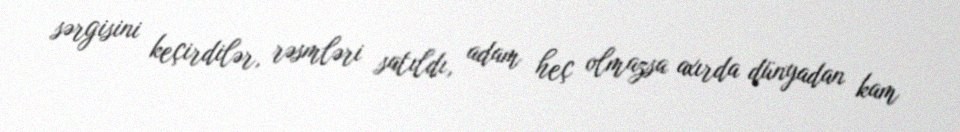
sərgisini keçirdilər, rəsmləri satıldı, adam heç olmazsa axırda dünyadan kam